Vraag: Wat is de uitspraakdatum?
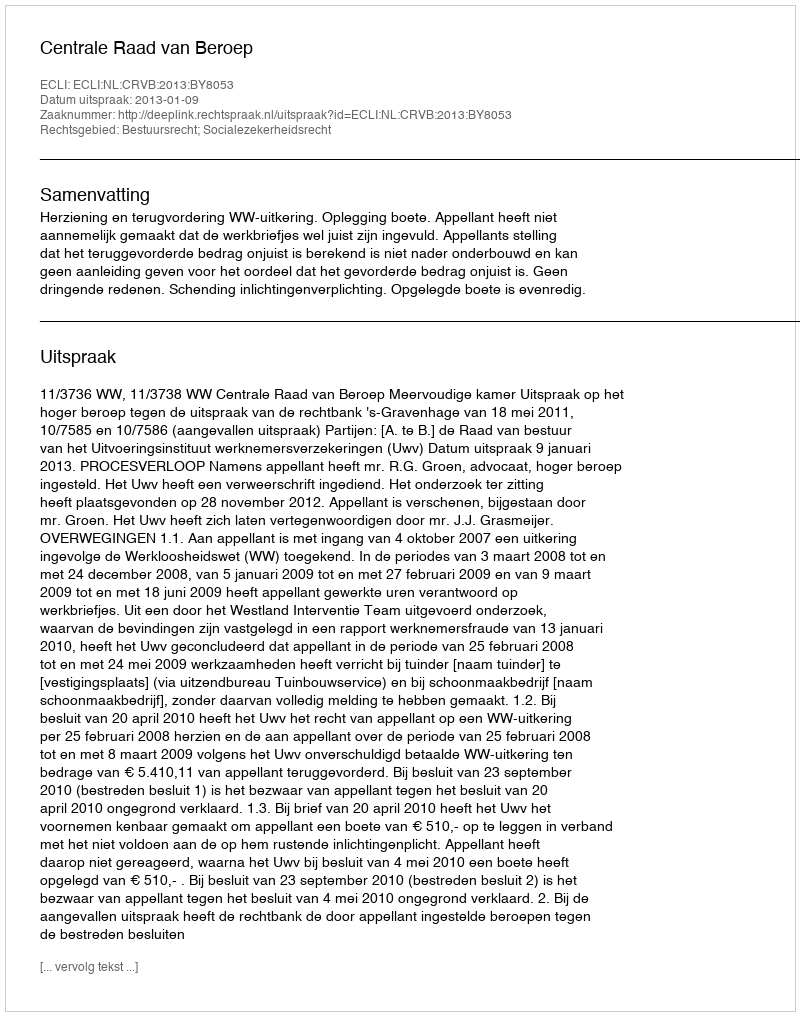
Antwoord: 2013-01-09